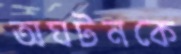
অঘটনকে